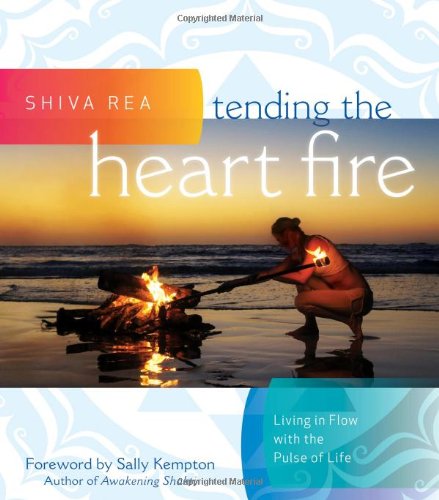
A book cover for Tending the Heart Fire: Living in Flow with the Pulse of Life; Shiva Rea; Religion & Spirituality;